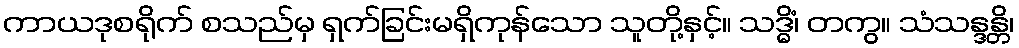
ကာယဒုစရိုက် စသည်မှ ရှက်ခြင်းမရှိကုန်သော သူတို့နှင့်။ သဒ္ဓိံ၊ တကွ။ သံသန္ဒန္တိ၊